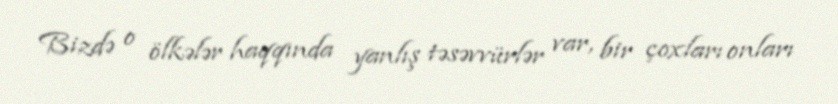
Bizdə o ölkələr haqqında yanlış təsəvvürlər var, bir çoxları onları